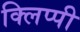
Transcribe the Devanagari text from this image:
क्लिप्पी